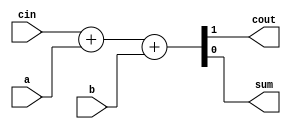
module fa(output wire cout, sum , input wire a,b,cin);

assign {cout,sum}=cin + a + b;

endmodule